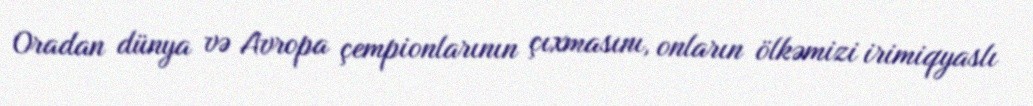
Oradan dünya və Avropa çempionlarının çıxmasını, onların ölkəmizi irimiqyaslı